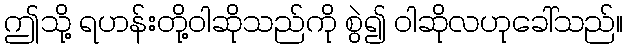
ဤသို့ ရဟန်းတို့ဝါဆိုသည်ကို စွဲ၍ ဝါဆိုလဟုခေါ်သည်။